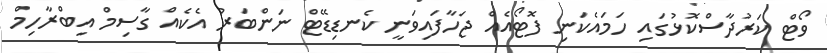
ވޯޓް ކަރުދާސްކޮޅުގައި ހަމައެކަނި ފޮޓޯއެއް ޖަހާފައިވަނީ ކެނޑިޑޭޓް ނަންބަރު އެކެއް ގާސިމް އިބްރާހިމް